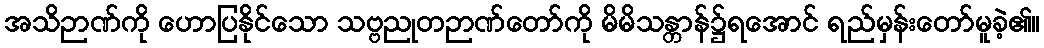
အသိဉာဏ်ကို ဟောပြနိုင်သော သဗ္ဗညုတဉာဏ်တော်ကို မိမိသန္တာန်၌ရအောင် ရည်မှန်းတော်မူခဲ့၏။